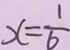
x = \frac { 1 } { 6 }